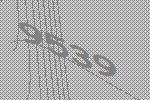
9539